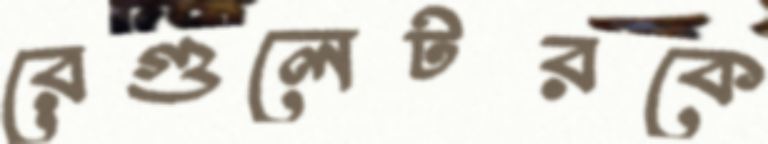
রেগুলেটরকে